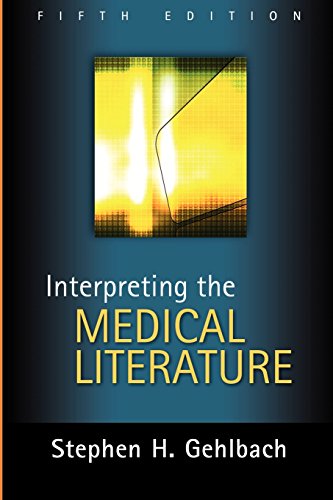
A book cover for Interpreting the Medical Literature: Fifth Edition; Stephen Gehlbach; Medical Books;